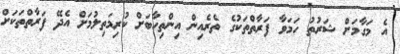
އެ މަގާމަށް ޝަރުތު ހަމަވާ ފަރާތްތަކުގެ ތެރެއިން އިންތިހާބަށް ކުރިމަތިލުމަށް އެދޭ ފަރާތްތަކަށް